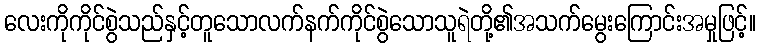
လေးကိုကိုင်စွဲသည်နှင့်တူသောလက်နက်ကိုင်စွဲသောသူရဲတို့၏အသက်မွေးကြောင်းအမှုဖြင့်။